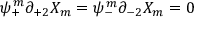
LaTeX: \psi _ { + } ^ { m } \partial _ { + 2 } X _ { m } = \psi _ { - } ^ { m } \partial _ { - 2 } X _ { m } = 0